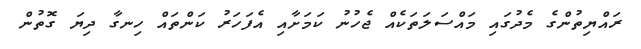
ރައްޔިތުންގެ މެދުގައި މައްސަލަތަކެއް ޖެހުނު ކަމަށާއި އެފަހަރު ކަންތައް ހިނގާ ދިޔަ ގޮތުން